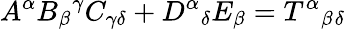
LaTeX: A^{\alpha}B_{\beta}{}^{\gamma}C_{\gamma\delta}+D^{\alpha}{}_{\delta}E_{\beta}=T^{\alpha}{}_{\beta}{}_{\delta}